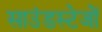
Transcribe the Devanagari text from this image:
साउंडस्टेजों